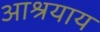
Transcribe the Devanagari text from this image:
आश्रयाय